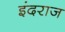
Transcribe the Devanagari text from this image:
इंदराज